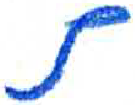
אות: ת